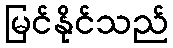
မြင်နိုင်သည်